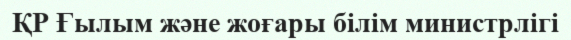
ҚР Ғылым және жоғары білім министрлігі